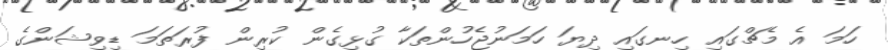
ހަމަ އެ މެޗްގައި ހިނގައި ދިޔަ ހަމަނުޖެހުންތަކާ ގުޅިގެން ކުރިން ފުރަތަމަ ޑިވިޝަންގެ